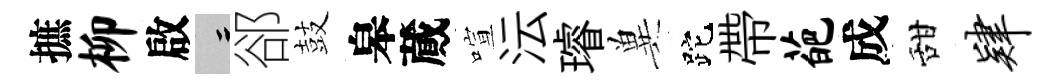
摭柳啟律郤鼓皋蕆喧沄璿兾跎帶葩成甜肄